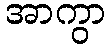
အာကွာ